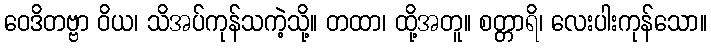
ဝေဒိတဗ္ဗာ ဝိယ၊ သိအပ်ကုန်သကဲ့သို့။ တထာ၊ ထို့အတူ။ စတ္တာရိ၊ လေးပါးကုန်သော။